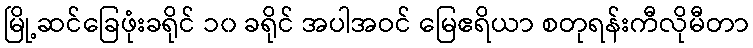
မြို့ဆင်ခြေဖုံးခရိုင် ၁၀ ခရိုင် အပါအဝင် မြေဧရိယာ စတုရန်းကီလိုမီတာ